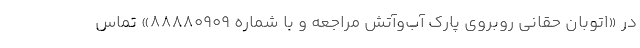
در «اتوبان حقانی روبروی پارک آب‌وآتش مراجعه و با شماره ۸۸۸۸۰۹۰۹» تماس